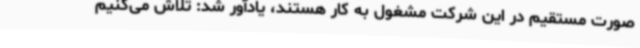
صورت مستقیم در این شرکت مشغول به کار هستند، یادآور شد: تلاش می‌کنیم